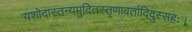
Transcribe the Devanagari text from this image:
यशोदास्तन्यमुदितस्तृणावर्तादिदुस्सहः।